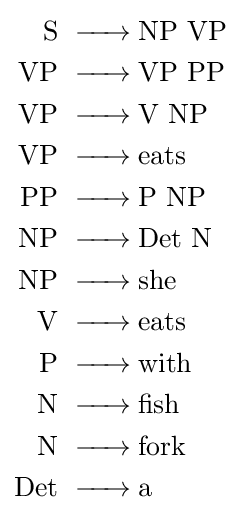
{\begin{aligned}{\ce {S}}&\ {\ce {->NP\ VP}}\\{\ce {VP}}&\ {\ce {->VP\ PP}}\\{\ce {VP}}&\ {\ce {->V\ NP}}\\{\ce {VP}}&\ {\ce {->eats}}\\{\ce {PP}}&\ {\ce {->P\ NP}}\\{\ce {NP}}&\ {\ce {->Det\ N}}\\{\ce {NP}}&\ {\ce {->she}}\\{\ce {V}}&\ {\ce {->eats}}\\{\ce {P}}&\ {\ce {->with}}\\{\ce {N}}&\ {\ce {->fish}}\\{\ce {N}}&\ {\ce {->fork}}\\{\ce {Det}}&\ {\ce {->a}}\end{aligned}}